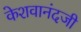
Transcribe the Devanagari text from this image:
केशवानंदजी